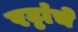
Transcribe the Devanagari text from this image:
रट्ठांचे